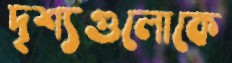
দৃশ্যগুলোকে